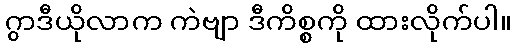
ဂွာဒီယိုလာက ကဲဗျာ ဒီကိစ္စကို ထားလိုက်ပါ။